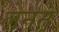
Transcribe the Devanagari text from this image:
लेनने